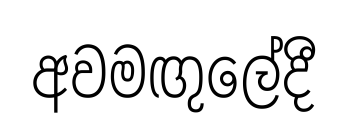
අවමඟුලේදී